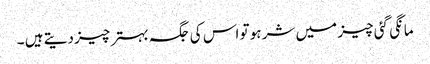
مانگی گئی چیز میں شر ہو تو اس کی جگہ بہتر چیز دیتے ہیں ۔